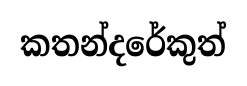
කතන්දරේකුත්